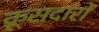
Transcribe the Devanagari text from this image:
क्रूसदारों